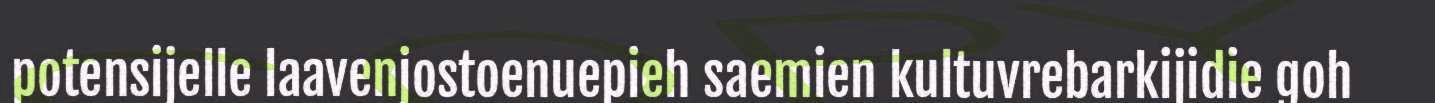
potensijelle laavenjostoenuepieh saemien kultuvrebarkijidie goh